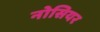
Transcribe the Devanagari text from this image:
नोसियर